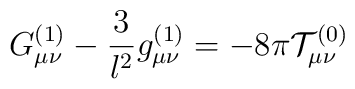
G_{\mu \nu }^{(1)}-\frac{3}{l^{2}}g_{\mu \nu }^{(1)}=-8\pi {\cal T}_{\mu \nu}^{(0)}